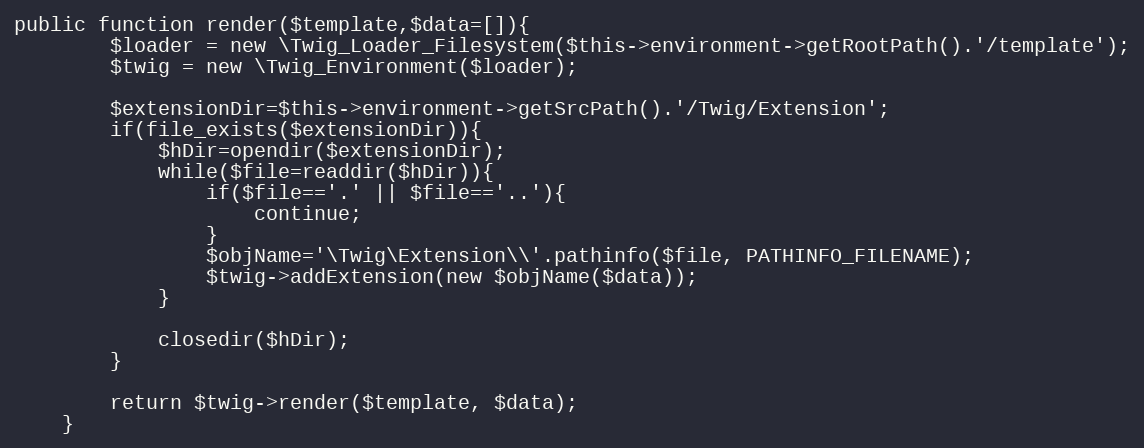
Language: PHP
public function render($template,$data=[]){
		$loader = new \Twig_Loader_Filesystem($this->environment->getRootPath().'/template');
		$twig = new \Twig_Environment($loader);

		$extensionDir=$this->environment->getSrcPath().'/Twig/Extension';
		if(file_exists($extensionDir)){
			$hDir=opendir($extensionDir);
			while($file=readdir($hDir)){
				if($file=='.' || $file=='..'){
					continue;
				}
				$objName='\Twig\Extension\\'.pathinfo($file, PATHINFO_FILENAME);
				$twig->addExtension(new $objName($data));
			}

			closedir($hDir);
		}

		return $twig->render($template, $data);
	}